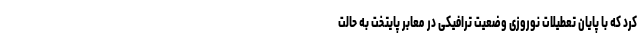
کرد که با پایان تعطیلات نوروزی وضعیت ترافیکی در معابر پایتخت به حالت